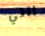
التي